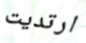
ارتديت